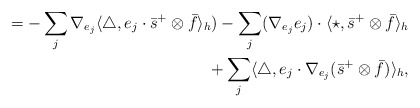
\begin{align*}=-\sum_{j}\nabla_{e_{j}}\langle\bigtriangleup,e_{j}\cdot\bar{s}^{+}\otimes \bar{f} \rangle_{h})-\sum_{j}(\nabla_{e_{j}}e_{j})\cdot\langle\star,\bar{s}^{+}\otimes \bar{f} \rangle_{h} \\+\sum_{j}\langle\bigtriangleup , e_{j}\cdot\nabla_{e_{j}}(\bar{s}^{+}\otimes \bar{f})\rangle_{h}, \end{align*}